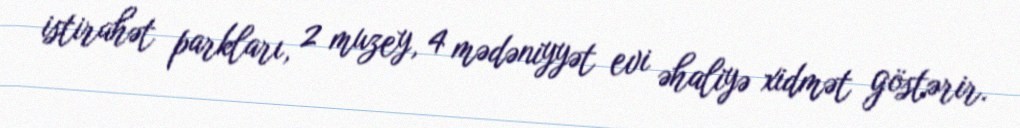
istirahət parkları, 2 muzey, 4 mədəniyyət evi əhaliyə xidmət göstərir.